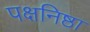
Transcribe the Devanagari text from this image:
पक्षनिष्ठा